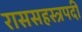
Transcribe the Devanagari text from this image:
राससहस्त्रपदी